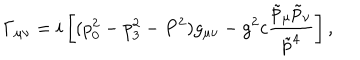
LaTeX: \Gamma _ { \mu \nu } = i \left[ ( p _ { 0 } ^ { 2 } - p _ { 3 } ^ { 2 } - P ^ { 2 } ) g _ { \mu \nu } - g ^ { 2 } c { \frac { \tilde { p } _ { \mu } \tilde { p } _ { \nu } } { \tilde { p } ^ { 4 } } } \right] ,